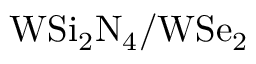
\mathrm { W S i _ { 2 } N _ { 4 } / W S e _ { 2 } }